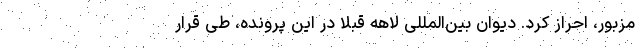
مزبور، احراز کرد. دیوان بین‌المللی لاهه قبلاً در این پرونده، طی قرار